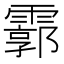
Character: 霩